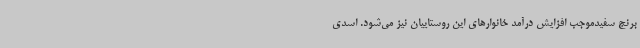
برنج سفیدموجب افزایش درآمد خانوارهای این روستاییان نیز می‌شود. اسدی